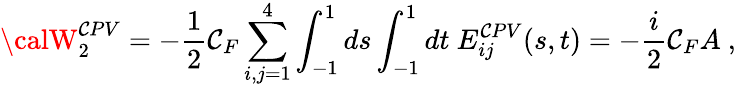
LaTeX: {\calW}_{2}^{\mathcal{C}PV}=-{\frac{{1}}{{2}}}\mathcal{C}_{F}\sum_{i,j=1}^{4}\int_{-1}^{1}ds\int_{-1}^{1}dt\ E_{ij}^{\mathcal{C}PV}(s,t)=-{\frac{{i}}{{2}}}\mathcal{C}_{F}A\ ,